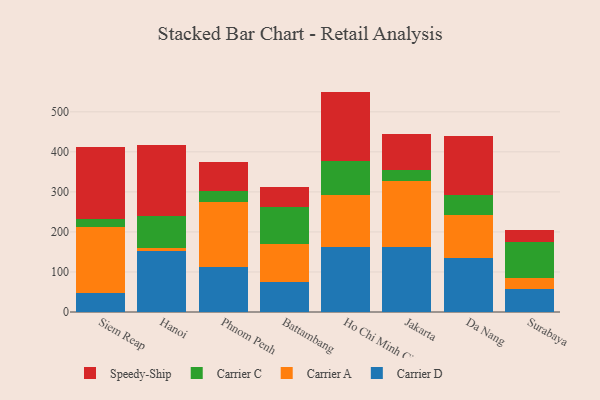
{"axis": {"x": "City", "y": "Demand Index"}, "legend": ["Carrier A", "Carrier C", "Carrier D", "Speedy-Ship"], "data": [{"x": "Siem Reap", "y": 48.7, "type": "Carrier D"}, {"x": "Siem Reap", "y": 163.3, "type": "Carrier A"}, {"x": "Siem Reap", "y": 20.2, "type": "Carrier C"}, {"x": "Siem Reap", "y": 180.0, "type": "Speedy-Ship"}, {"x": "Hanoi", "y": 151.3, "type": "Carrier D"}, {"x": "Hanoi", "y": 8.8, "type": "Carrier A"}, {"x": "Hanoi", "y": 78.7, "type": "Carrier C"}, {"x": "Hanoi", "y": 179.3, "type": "Speedy-Ship"}, {"x": "Phnom Penh", "y": 112.8, "type": "Carrier D"}, {"x": "Phnom Penh", "y": 163.1, "type": "Carrier A"}, {"x": "Phnom Penh", "y": 25.7, "type": "Carrier C"}, {"x": "Phnom Penh", "y": 72.5, "type": "Speedy-Ship"}, {"x": "Battambang", "y": 74.5, "type": "Carrier D"}, {"x": "Battambang", "y": 96.5, "type": "Carrier A"}, {"x": "Battambang", "y": 90.8, "type": "Carrier C"}, {"x": "Battambang", "y": 49.2, "type": "Speedy-Ship"}, {"x": "Ho Chi Minh City", "y": 162.3, "type": "Carrier D"}, {"x": "Ho Chi Minh City", "y": 129.0, "type": "Carrier A"}, {"x": "Ho Chi Minh City", "y": 85.9, "type": "Carrier C"}, {"x": "Ho Chi Minh City", "y": 173.3, "type": "Speedy-Ship"}, {"x": "Jakarta", "y": 163.4, "type": "Carrier D"}, {"x": "Jakarta", "y": 164.1, "type": "Carrier A"}, {"x": "Jakarta", "y": 26.4, "type": "Carrier C"}, {"x": "Jakarta", "y": 91.2, "type": "Speedy-Ship"}, {"x": "Da Nang", "y": 135.2, "type": "Carrier D"}, {"x": "Da Nang", "y": 107.8, "type": "Carrier A"}, {"x": "Da Nang", "y": 48.6, "type": "Carrier C"}, {"x": "Da Nang", "y": 147.5, "type": "Speedy-Ship"}, {"x": "Surabaya", "y": 56.5, "type": "Carrier D"}, {"x": "Surabaya", "y": 27.7, "type": "Carrier A"}, {"x": "Surabaya", "y": 89.8, "type": "Carrier C"}, {"x": "Surabaya", "y": 30.9, "type": "Speedy-Ship"}]}